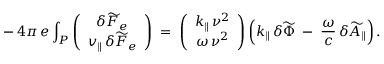
- \, 4 \pi \, e \int _ { P } \left( \begin{array} { c } { \delta \widetilde { F } _ { e } } \\ { v _ { \| } \, \delta \widetilde { F } _ { e } } \end{array} \right) \; = \; \left( \begin{array} { c } { k _ { \| } \, \nu ^ { 2 } } \\ { \omega \, \nu ^ { 2 } } \end{array} \right) \left( k _ { \| } \, \delta \widetilde { \Phi } \; - \; \frac { \omega } { c } \, \delta \widetilde { A } _ { \| } \right) .